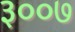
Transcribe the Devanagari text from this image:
३००७